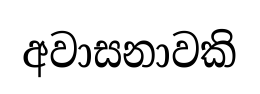
අවාසනාවකි